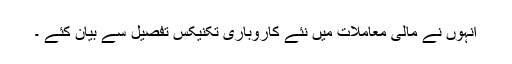
انہوں نے مالی معاملات میں نئے کاروباری تکنیکس تفصیل سے بیان کئے ۔